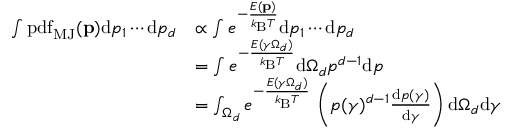
{ \begin{array} { r l } { \int \operatorname { p d f } _ { \mathrm { M J } } ( \mathbf { p } ) \mathrm { d } p _ { 1 } \cdots \mathrm { d } p _ { d } } & { \propto \int e ^ { - { \frac { E ( \mathbf { p } ) } { k _ { \mathrm { B } } T } } } \mathrm { d } p _ { 1 } \cdots \mathrm { d } p _ { d } } \\ & { = \int e ^ { - { \frac { E ( \gamma \Omega _ { d } ) } { k _ { \mathrm { B } } T } } } \mathrm { d } \Omega _ { d } p ^ { d - 1 } \mathrm { d } p } \\ & { = \int _ { \Omega _ { d } } e ^ { - { \frac { E ( \gamma \Omega _ { d } ) } { k _ { \mathrm { B } } T } } } \, \left( p ( \gamma ) ^ { d - 1 } { \frac { \mathrm { d } p ( \gamma ) } { \mathrm { d } \gamma } } \right) \mathrm { d } \Omega _ { d } \mathrm { d } \gamma } \end{array} }